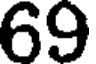
69